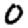
Digit: 0